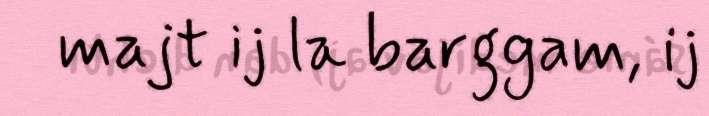
majt ij la barggam, ij